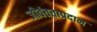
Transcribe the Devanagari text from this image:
जीवंतताप्रदान